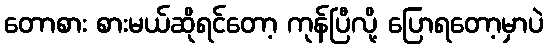
တောစား စားမယ်ဆိုရင်တော့ ကုန်ပြီလို့ ပြောရတော့မှာပဲ